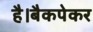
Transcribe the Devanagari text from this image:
है।बैकपेकर